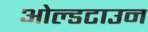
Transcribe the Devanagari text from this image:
ओल्डटाउन